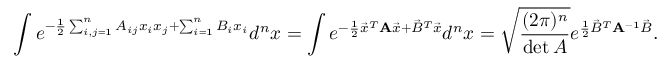
\int e ^ { - { \frac { 1 } { 2 } } \sum _ { i , j = 1 } ^ { n } A _ { i j } x _ { i } x _ { j } + \sum _ { i = 1 } ^ { n } B _ { i } x _ { i } } d ^ { n } x = \int e ^ { - { \frac { 1 } { 2 } } { \vec { x } } ^ { T } \mathbf { A } { \vec { x } } + { \vec { B } } ^ { T } { \vec { x } } } d ^ { n } x = { \sqrt { \frac { ( 2 \pi ) ^ { n } } { \operatorname* { d e t } { A } } } } e ^ { { \frac { 1 } { 2 } } { \vec { B } } ^ { T } \mathbf { A } ^ { - 1 } { \vec { B } } } .